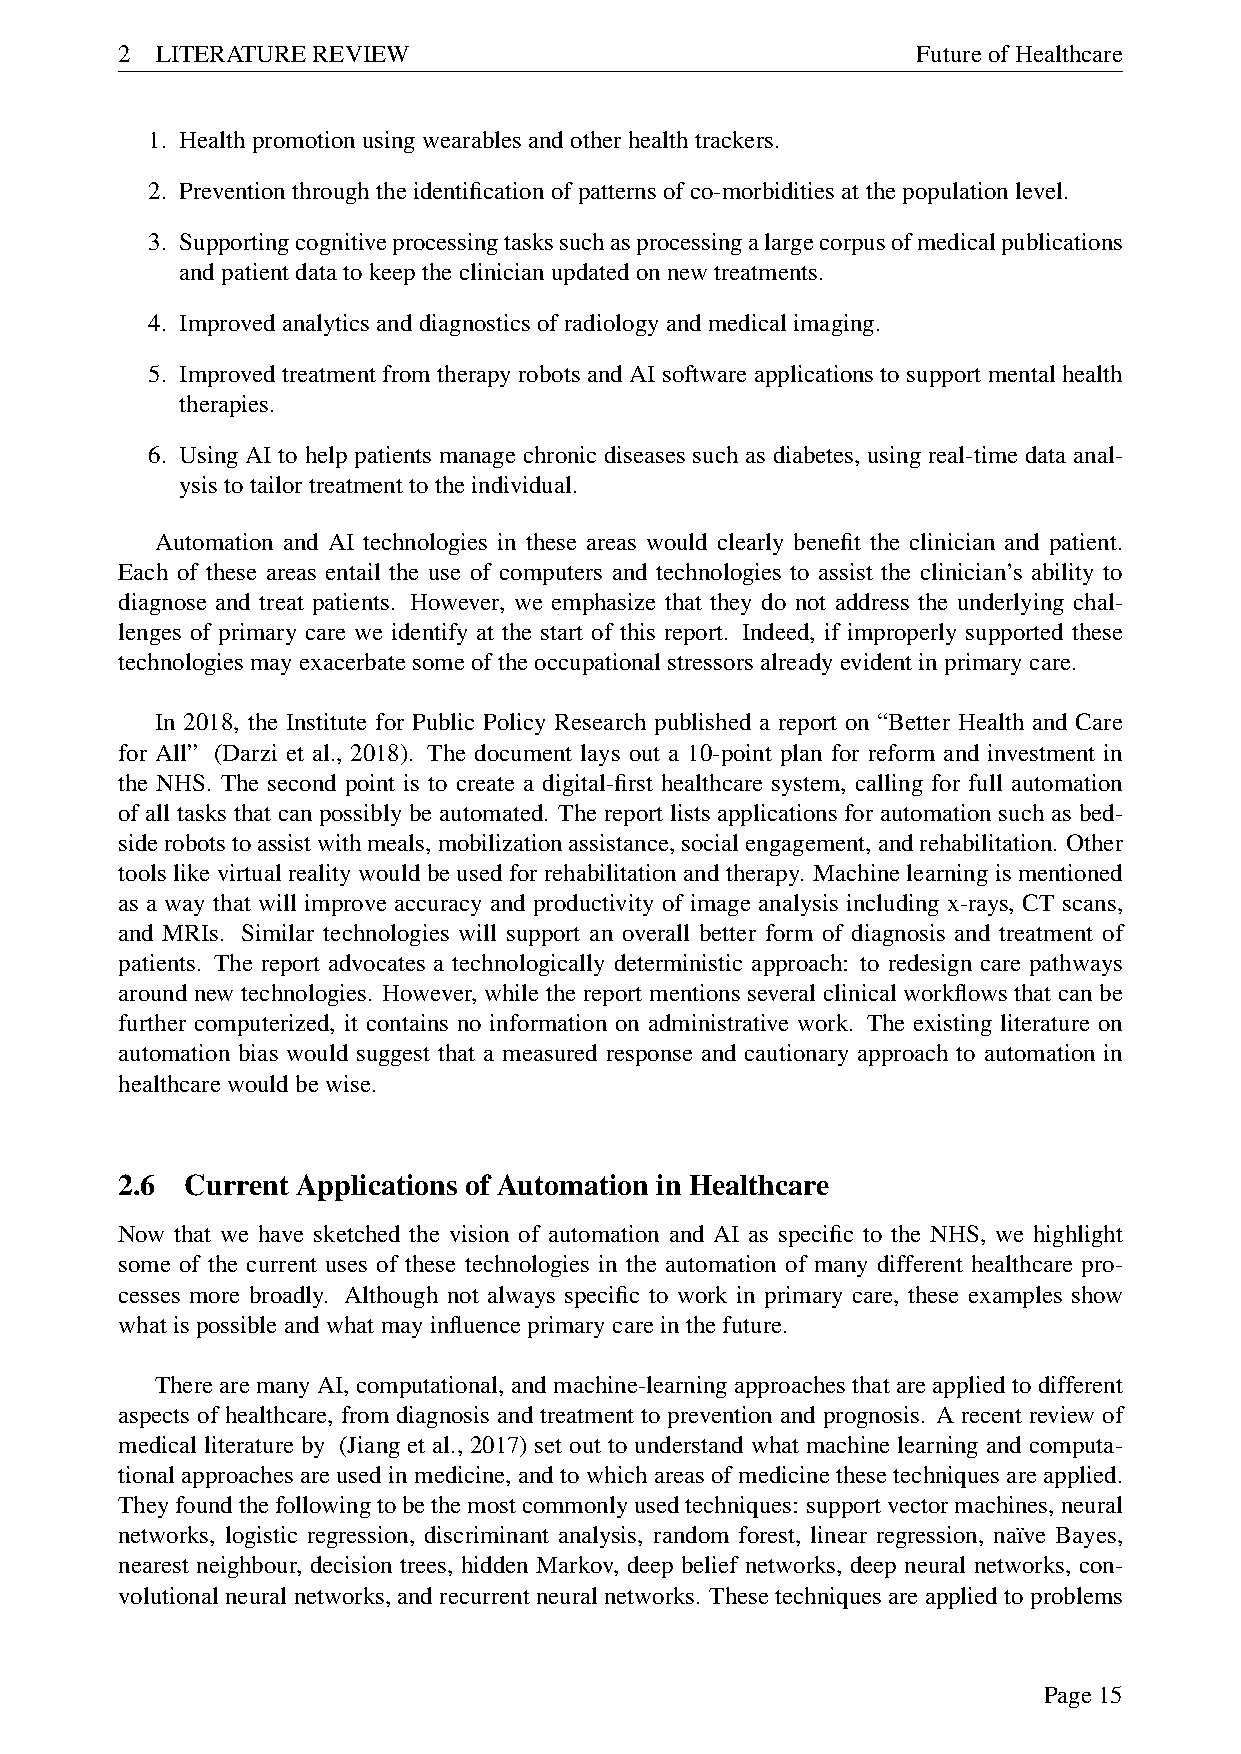
2 LITERATUREREVIEW                                   FutureofHealthcare
 1. Healthpromotionusingwearablesandotherhealthtrackers.
 2. Preventionthroughtheidentificationofpatternsofco-morbiditiesatthepopulationlevel.
 3. Supportingcognitiveprocessingtaskssuchasprocessingalargecorpusofmedicalpublications
 andpatientdatatokeeptheclinicianupdatedonnewtreatments.
 4. Improvedanalyticsanddiagnosticsofradiologyandmedicalimaging.
 5. Improved treatment from therapy robots and AI software applications to support mental health
 therapies.
 6. Using AI to help patients manage chronic diseases such as diabetes, using real-time data anal-
 ysistotailortreatmenttotheindividual.
 Automation and AI technologies in these areas would clearly benefit the clinician and patient.
 Each of these areas entail the use of computers and technologies to assist the clinician’s ability to
 diagnose and treat patients. However, we emphasize that they do not address the underlying chal-
 lenges of primary care we identify at the start of this report. Indeed, if improperly supported these
 technologiesmayexacerbatesomeoftheoccupationalstressorsalreadyevidentinprimarycare.
 In 2018, the Institute for Public Policy Research published a report on “Better Health and Care
 for All” (Darzi et al., 2018). The document lays out a 10-point plan for reform and investment in
 the NHS. The second point is to create a digital-first healthcare system, calling for full automation
 of all tasks that can possibly be automated. The report lists applications for automation such as bed-
 siderobotstoassistwithmeals,mobilizationassistance,socialengagement,andrehabilitation. Other
 tools like virtual reality would be used for rehabilitation and therapy. Machine learning is mentioned
 as a way that will improve accuracy and productivity of image analysis including x-rays, CT scans,
 and MRIs. Similar technologies will support an overall better form of diagnosis and treatment of
 patients. The report advocates a technologically deterministic approach: to redesign care pathways
 around new technologies. However, while the report mentions several clinical workflows that can be
 further computerized, it contains no information on administrative work. The existing literature on
 automation bias would suggest that a measured response and cautionary approach to automation in
 healthcarewouldbewise.
 2.6 Current Applications of Automation in Healthcare
 Now that we have sketched the vision of automation and AI as specific to the NHS, we highlight
 some of the current uses of these technologies in the automation of many different healthcare pro-
 cesses more broadly. Although not always specific to work in primary care, these examples show
 whatispossibleandwhatmayinfluenceprimarycareinthefuture.
 TherearemanyAI,computational, andmachine-learningapproachesthatareappliedtodifferent
 aspects of healthcare, from diagnosis and treatment to prevention and prognosis. A recent review of
 medical literature by (Jiang et al., 2017) set out to understand what machine learning and computa-
 tional approaches are used in medicine, and to which areas of medicine these techniques are applied.
 Theyfoundthefollowingtobethemostcommonlyusedtechniques: supportvectormachines,neural
 networks, logistic regression, discriminant analysis, random forest, linear regression, na¨ıve Bayes,
 nearest neighbour, decision trees, hidden Markov, deep belief networks, deep neural networks, con-
 volutional neural networks, and recurrent neural networks. These techniques are applied to problems
 Page15